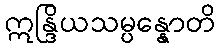
ဣန္ဒြိယသမ္ပန္နောတိ